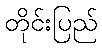
တိုင်းပြည်